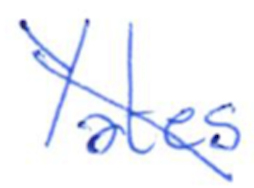
Text: Yates
Cross-out: mix
Writing tool: ballpoint